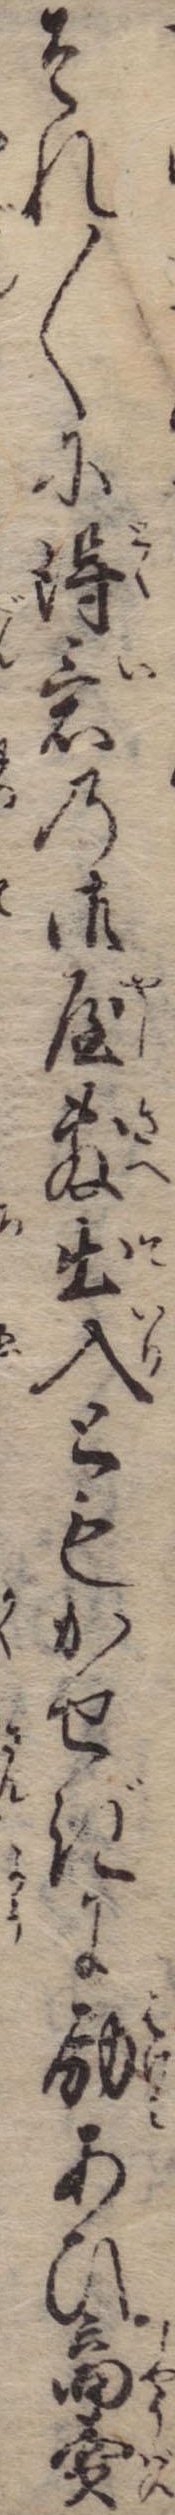
それ〱に得意の御屋敷出入ともかせぎに励あひ商売